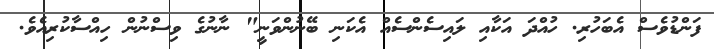
ފަންޑުވެސް އެބަހުރި. ހުއްދަ އަކާއި ލައިސެންސެއް އެކަނި ބޭނުންވަނީ" ނާނުގެ ވިސްނުން ހިއްސާކުރިއެވެ.